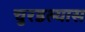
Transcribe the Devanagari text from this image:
चुरडल्यास